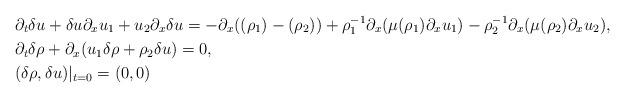
LaTeX: \begin{align*}& \partial_t \delta u + \delta u \partial_x u_1 + u_2 \partial_x \delta u =- \partial_x ((\rho_1)- (\rho_2) ) + \rho_1^{-1}\partial_x(\mu(\rho_1) \partial_xu_1)- \rho_2^{-1}\partial_x(\mu(\rho_2) \partial_xu_2), \\&\partial_t \delta \rho + \partial_x (u_1 \delta \rho + \rho_2 \delta u ) = 0, \\&(\delta \rho,\delta u)|_{t = 0} = (0,0) \end{align*}